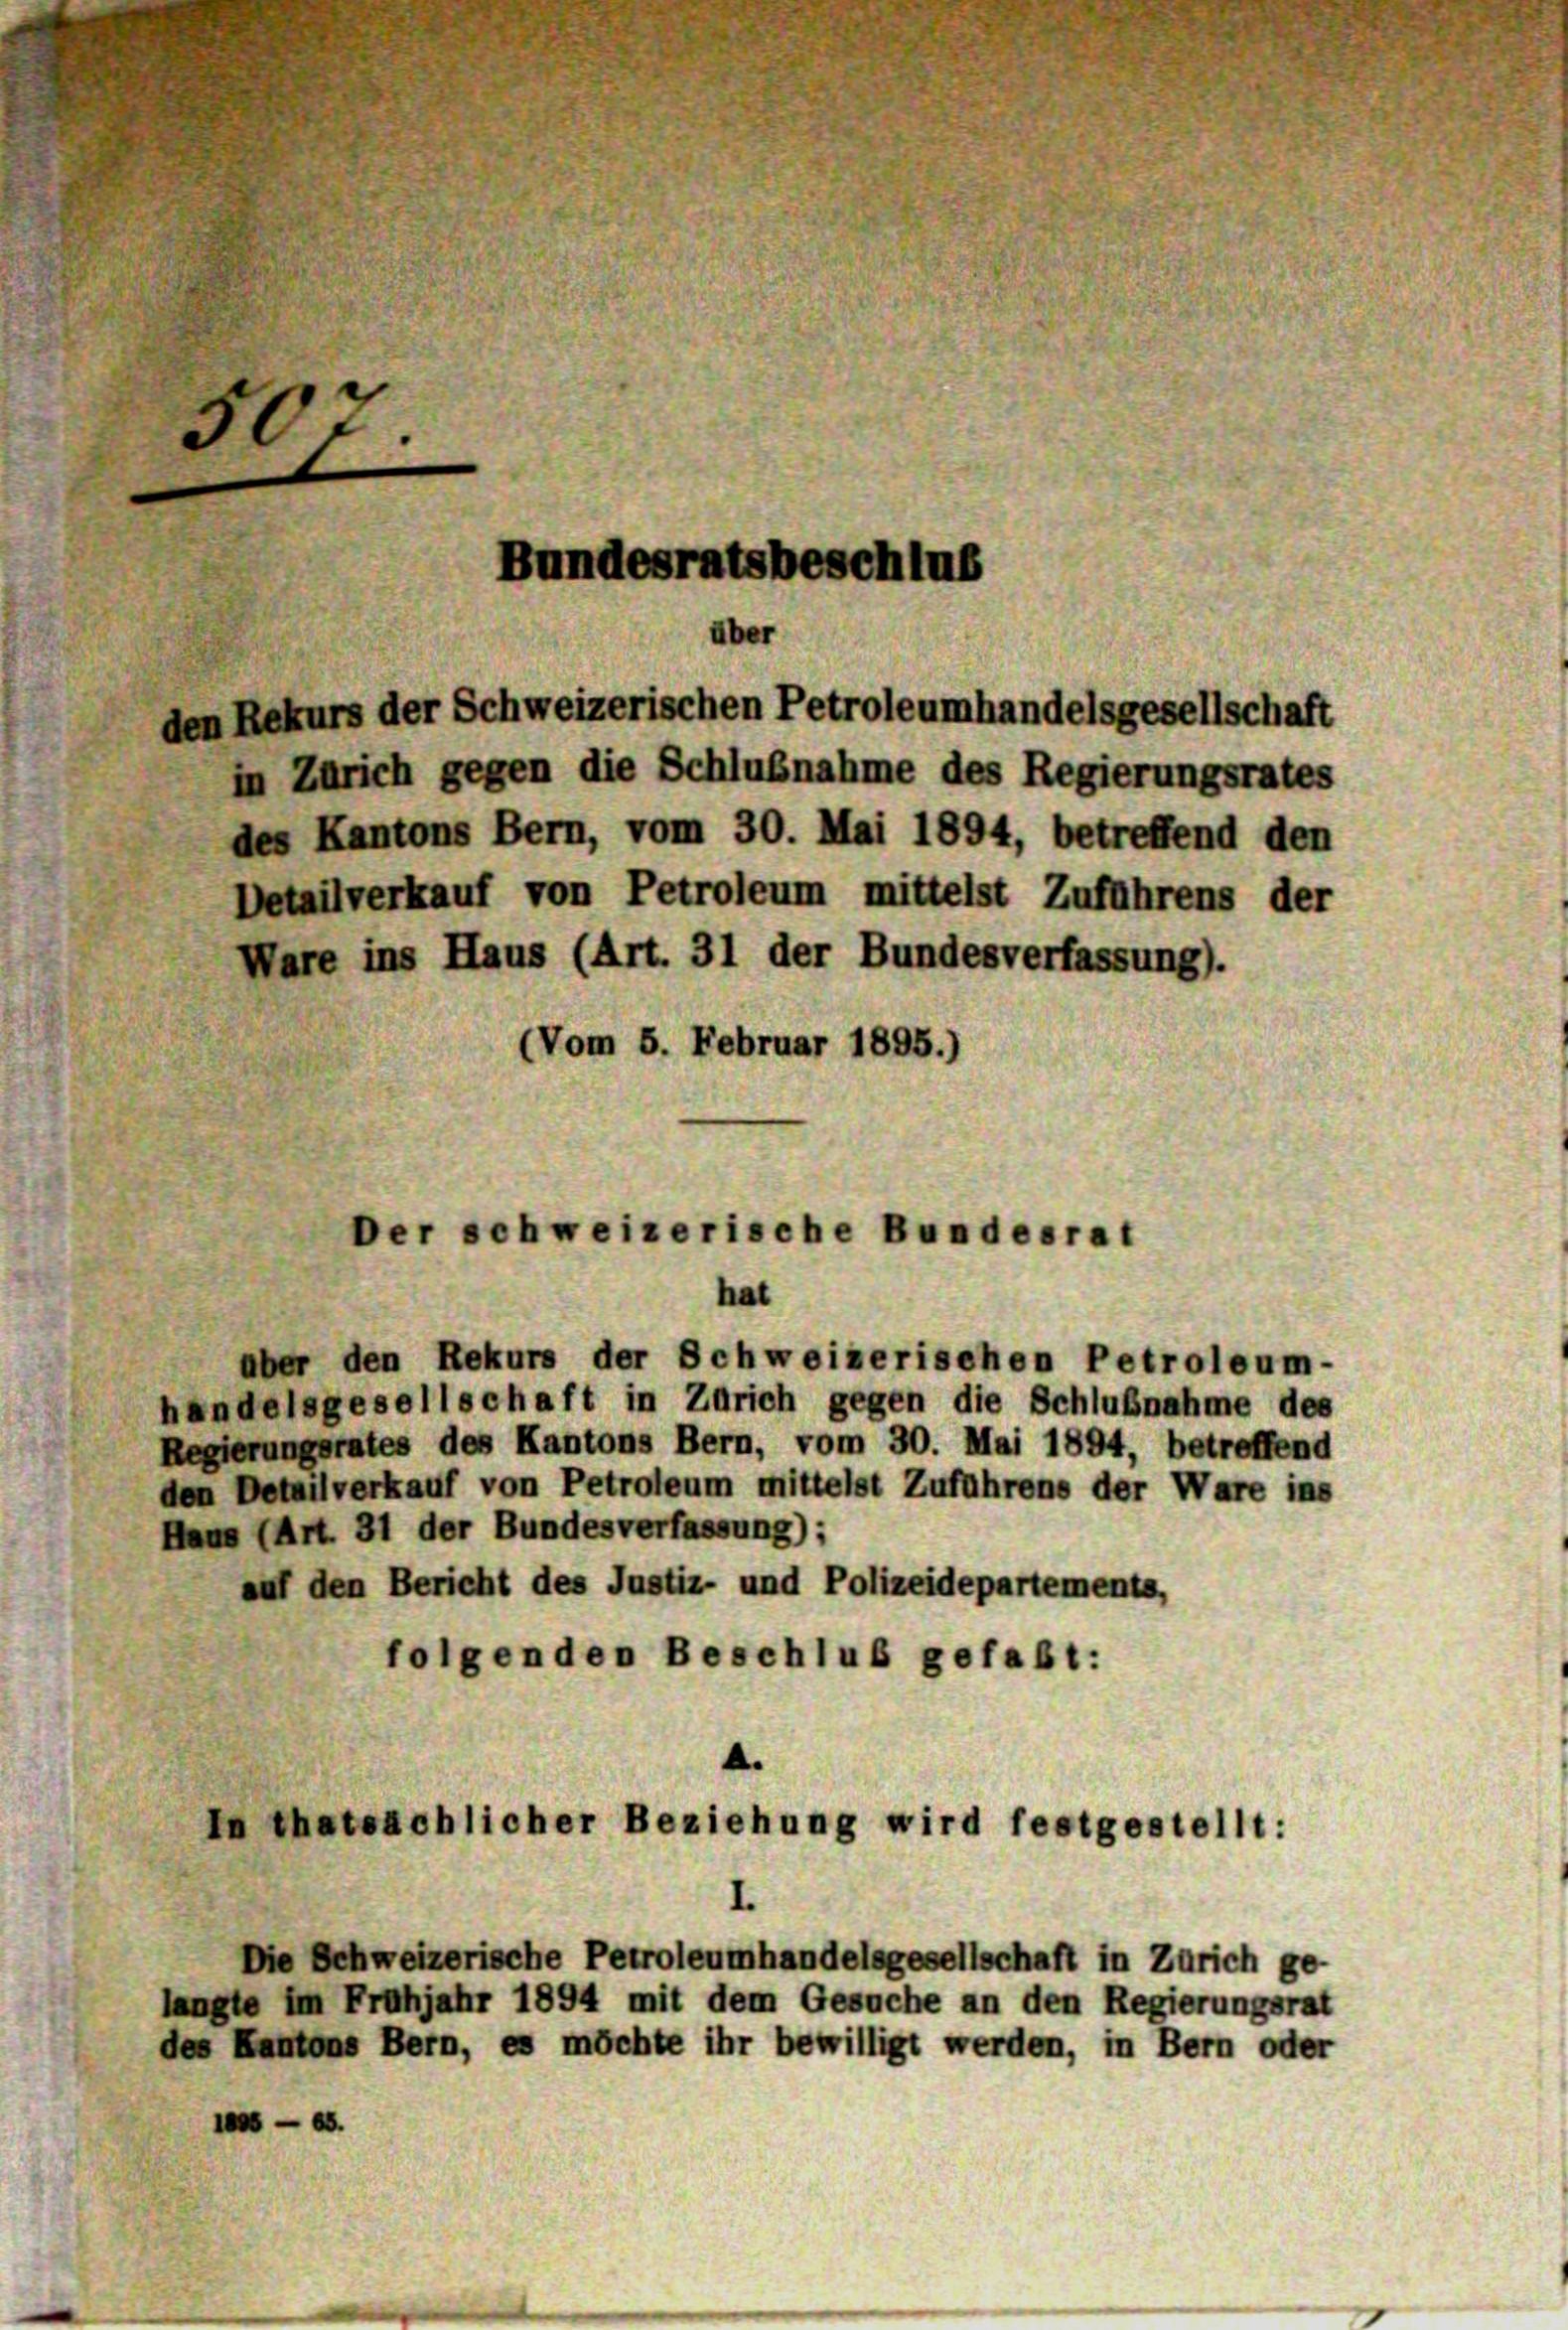
507
Bundesratsbeschlus
über
den Rekurs der Schweizerischen Petroleumhandelsgesellschaft
in Zürich gegen die Schlußnahme des Regierungsrates
des Kantons Bern, vom 30. Mai 1894, betreffend den
Detailverkauf von Petroleum mittelst Zuführens der
Ware ins Haus (Art. 31 der Bundesverfassung).
(Vom 5. Februar 1895.)

hat

aber den Rekurs der Schweizerischen Petroleum-
handelsgesellschaft in Zürich gegen die Schlußnahme des
Regierungsrates des Kantons Bern, vom 30. Mai 1894, betreffend
den Detailverkauf von Petroleum mittelst Zuführens der Ware ins
Haus (Art. 31 der Bundesverfassung);
auf den Bericht des Justiz- und Polizeidepartements,
folgenden Beschluß gefaßt:
In thatsächlicher Beziehung wird festgestellt:

Der schweizerische Bundesrat

Die Schweizerische Petroleumhandelsgesellschaft in Zürich ge-
langte im Frühjahr 1894 mit dem Gesuche an den Regierungsrat
des Kantons Bern, es möchte ihr bewilligt werden, in Bern oder
.